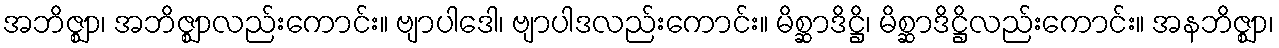
အဘိဇ္ဈာ၊ အဘိဇ္ဈာလည်းကောင်း။ ဗျာပါဒေါ၊ ဗျာပါဒလည်းကောင်း။ မိစ္ဆာဒိဋ္ဌိ၊ မိစ္ဆာဒိဋ္ဌိလည်းကောင်း။ အနဘိဇ္ဈာ၊